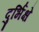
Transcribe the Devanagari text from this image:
दुर्भिक्षे